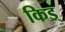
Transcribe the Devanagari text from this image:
किड्